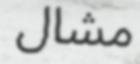
مشال